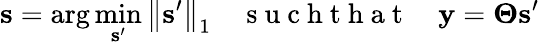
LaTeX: \mathbf{s}=\arg\operatorname*{min}_{\mathbf{s}^{\prime}}\left\| \mathbf{s}^{\prime}\right\| _{1}\quad\mathrm{~s~u~c~h~t~h~a~t~}\quad\mathbf{y}=\boldsymbol{\Theta}\mathbf{s}^{\prime}